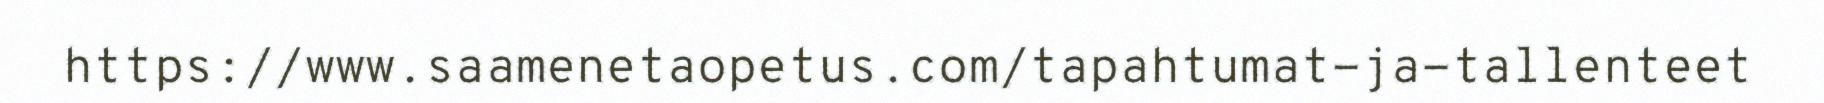
https://www.saamenetaopetus.com/tapahtumat-ja-tallenteet